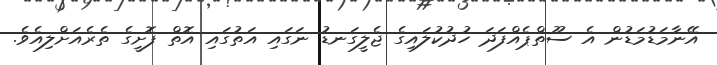
އޭނާމަޑުމަޑުން އެ ސޫތްޕެއްފަދަ ހުދުކުލައިގެ ޖެލީގަނޑު ނަގައި އަތުގައި އޮތް ފޮށީގެ ތެރެއަށްލިއެވެ.